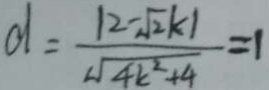
d = \frac { \vert 2 - \sqrt { 2 } k \vert } { \sqrt { 4 k ^ { 2 } + 4 } } = 1